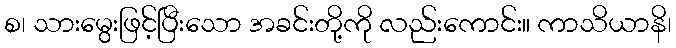
စ၊ သားမွေးဖြင့်ပြီးသော အခင်းတို့ကို လည်းကောင်း။ ကာသိယာနိ၊